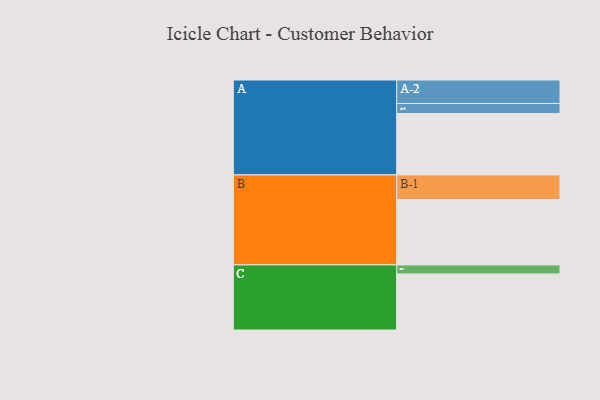
{"axis": {"x": "Segment", "y": "Value"}, "legend": ["", "A", "B", "C"], "data": [{"x": "A", "y": 558, "type": ""}, {"x": "B", "y": 595, "type": ""}, {"x": "C", "y": 510, "type": ""}, {"x": "A-1", "y": 91, "type": "A"}, {"x": "A-2", "y": 214, "type": "A"}, {"x": "B-1", "y": 224, "type": "B"}, {"x": "C-1", "y": 82, "type": "C"}]}